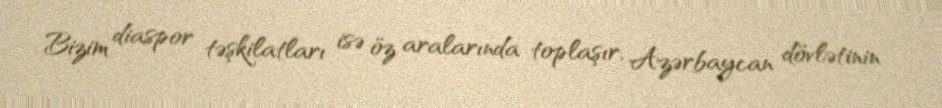
Bizim diaspor təşkilatları isə öz aralarında toplaşır, Azərbaycan dövlətinin